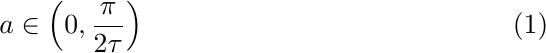
	\begin{equation}\label{eq:retarded-eq-steady-state-condition}
		a \in \left(0,\dfrac{\pi}{2\tau}\right)
	\end{equation}